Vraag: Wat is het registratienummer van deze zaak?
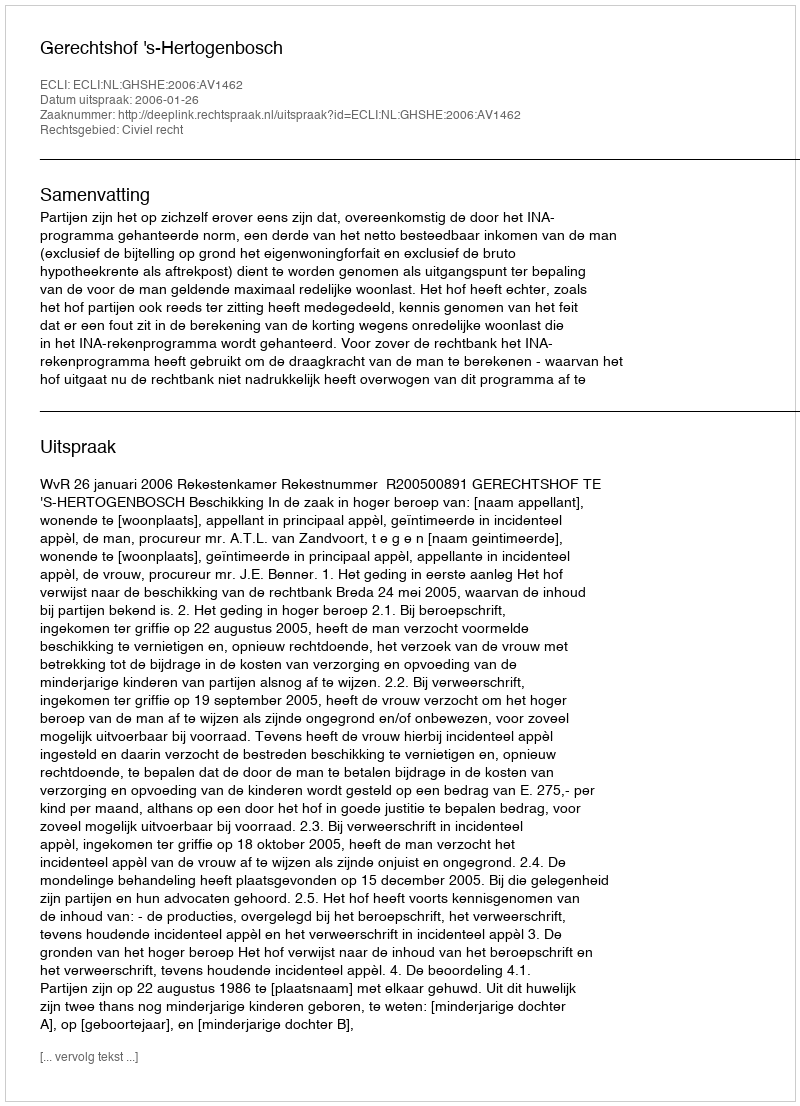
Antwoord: http://deeplink.rechtspraak.nl/uitspraak?id=ECLI:NL:GHSHE:2006:AV1462